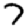
Digit: 7